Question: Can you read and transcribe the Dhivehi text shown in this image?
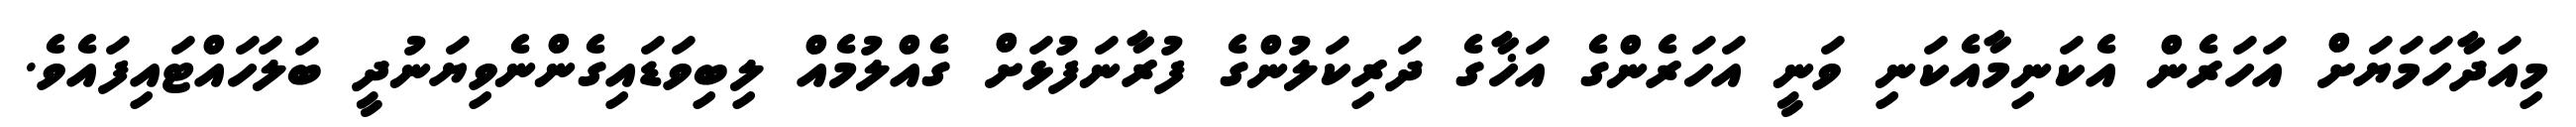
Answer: މިއަދާހަމަޔަށް އަހަރެން އެކަނިމާއެކަނި ވަނީ އަހަރެންގެ އަޚާގެ ދަރިކަލުންގެ ފުރާނަފުޅަށް ގެއްލުމެއް ލިބިވަޑައިގެންނެވިޔަނުދީ ބަލަހައްޓައިފައެވެ.